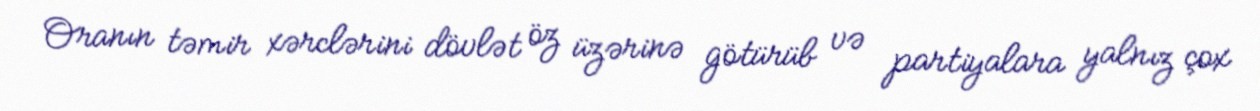
Oranın təmir xərclərini dövlət öz üzərinə götürüb və partiyalara yalnız çox